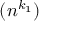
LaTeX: ( n ^ { k _ { 1 } } )